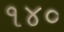
૧૪૦